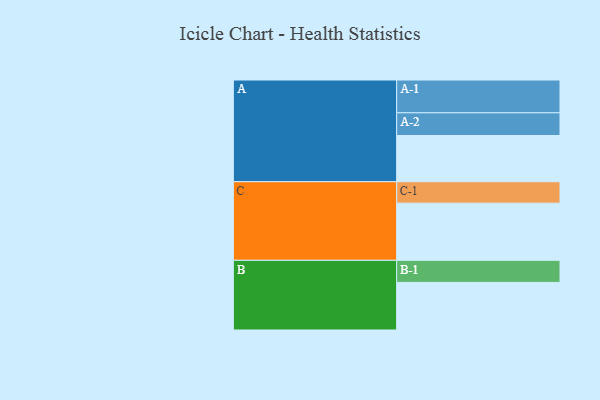
{"axis": {"x": "Segment", "y": "Value"}, "legend": ["", "A", "B", "C"], "data": [{"x": "A", "y": 362, "type": ""}, {"x": "B", "y": 373, "type": ""}, {"x": "C", "y": 448, "type": ""}, {"x": "A-1", "y": 257, "type": "A"}, {"x": "A-2", "y": 178, "type": "A"}, {"x": "B-1", "y": 173, "type": "B"}, {"x": "C-1", "y": 168, "type": "C"}]}